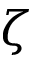
\zeta